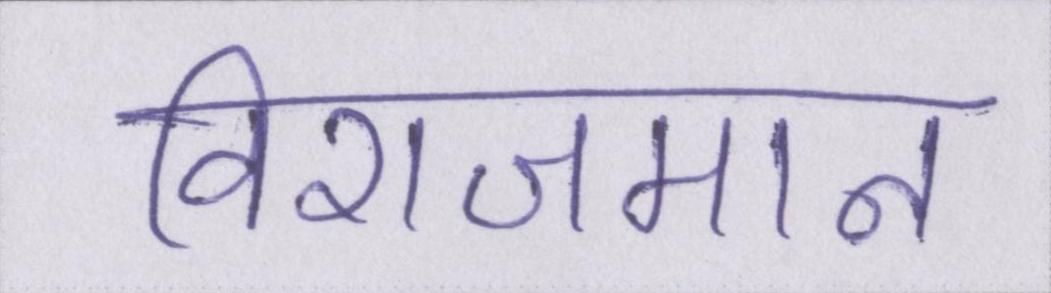
विराजमान